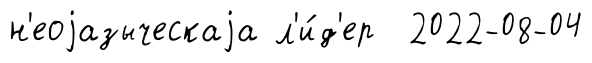
н'еоjазыческаjа л'и́д'ер 2022-08-04